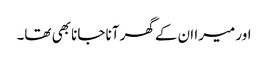
اور میرا ان کے گھر آنا جانا بھی تھا۔